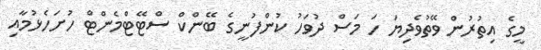
މީގެ އިތުރުން ވޭތުވެދިޔަ ހަ މަސް ދުވަހު ކުންފުނީގެ ބޭންކް ސްޓޭޓްމެންޓް ހުށަހެޅުމާއި